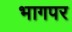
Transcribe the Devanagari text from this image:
भागपर